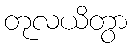
တုလယိတွာ